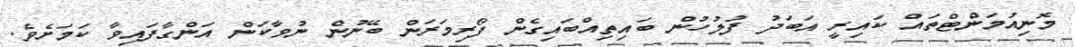
މޮނިއުމަންޓްތައް ކައިރީ އަބަދު ފުލުހުން ބައިތިއްބައިގެން ފޯރިމަރަން ބޭނުން ނުވާކަން އަންގާފައިވާ ކަމަށެވެ.